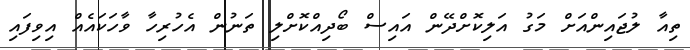
ތިއާ ލުޖައިންއަށް މަގު އަލިކޮށްދޭން އައިސް ބޯދިއްކޮށްލި ތަނުން އެހުރިހާ ވާހަކައެއް އިވިފައި